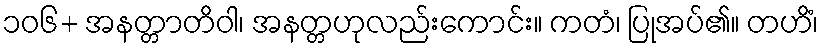
၁၀၆+ အနတ္တာတိဝါ၊ အနတ္တဟုလည်းကောင်း။ ကတံ၊ ပြုအပ်၏။ တဟိံ၊